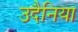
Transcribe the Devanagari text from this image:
उदैनिया